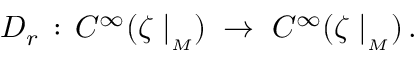
D _ { r } \, : \, C ^ { \infty } ( \zeta \mid _ { _ M } ) \; \rightarrow \; C ^ { \infty } ( \zeta \mid _ { _ M } ) \, .